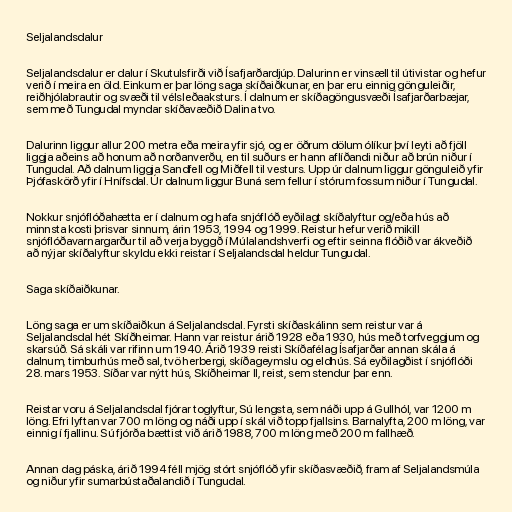
Seljalandsdalur

Seljalandsdalur er dalur í Skutulsfirði við Ísafjarðardjúp. Dalurinn er vinsæll til útivistar og hefur
verið í meira en öld. Einkum er þar löng saga skíðaiðkunar, en þar eru einnig gönguleiðir,
reiðhjólabrautir og svæði til vélsleðaaksturs. Í dalnum er skíðagöngusvæði Ísafjarðarbæjar,
sem með Tungudal myndar skíðavæðið Dalina tvo.

Dalurinn liggur allur 200 metra eða meira yfir sjó, og er öðrum dölum ólíkur því leyti að fjöll
liggja aðeins að honum að norðanverðu, en til suðurs er hann aflíðandi niður að brún niður í
Tungudal. Að dalnum liggja Sandfell og Miðfell til vesturs. Upp úr dalnum liggur gönguleið yfir
Þjófaskörð yfir í Hnífsdal. Úr dalnum liggur Buná sem fellur í stórum fossum niður í Tungudal.

Nokkur snjóflóðahætta er í dalnum og hafa snjóflóð eyðilagt skíðalyftur og/eða hús að
minnsta kosti þrisvar sinnum, árin 1953, 1994 og 1999. Reistur hefur verið mikill
snjóflóðavarnargarður til að verja byggð í Múlalandshverfi og eftir seinna flóðið var ákveðið
að nýjar skíðalyftur skyldu ekki reistar í Seljalandsdal heldur Tungudal.

Saga skíðaiðkunar.

Löng saga er um skíðaiðkun á Seljalandsdal. Fyrsti skíðaskálinn sem reistur var á
Seljalandsdal hét Skíðheimar. Hann var reistur árið 1928 eða 1930, hús með torfveggjum og
skarsúð. Sá skáli var rifinn um 1940. Árið 1939 reisti Skíðafélag Ísafjarðar annan skála á
dalnum, timburhús með sal, tvö herbergi, skíðageymslu og eldhús. Sá eyðilagðist í snjóflóði
28. mars 1953. Síðar var nýtt hús, Skíðheimar II, reist, sem stendur þar enn.

Reistar voru á Seljalandsdal fjórar toglyftur, Sú lengsta, sem náði upp á Gullhól, var 1200 m
löng. Efri lyftan var 700 m löng og náði upp í skál við topp fjallsins. Barnalyfta, 200 m löng, var
einnig í fjallinu. Sú fjórða bættist við árið 1988, 700 m löng með 200 m fallhæð.

Annan dag páska, árið 1994 féll mjög stórt snjóflóð yfir skíðasvæðið, fram af Seljalandsmúla
og niður yfir sumarbústaðalandið í Tungudal.